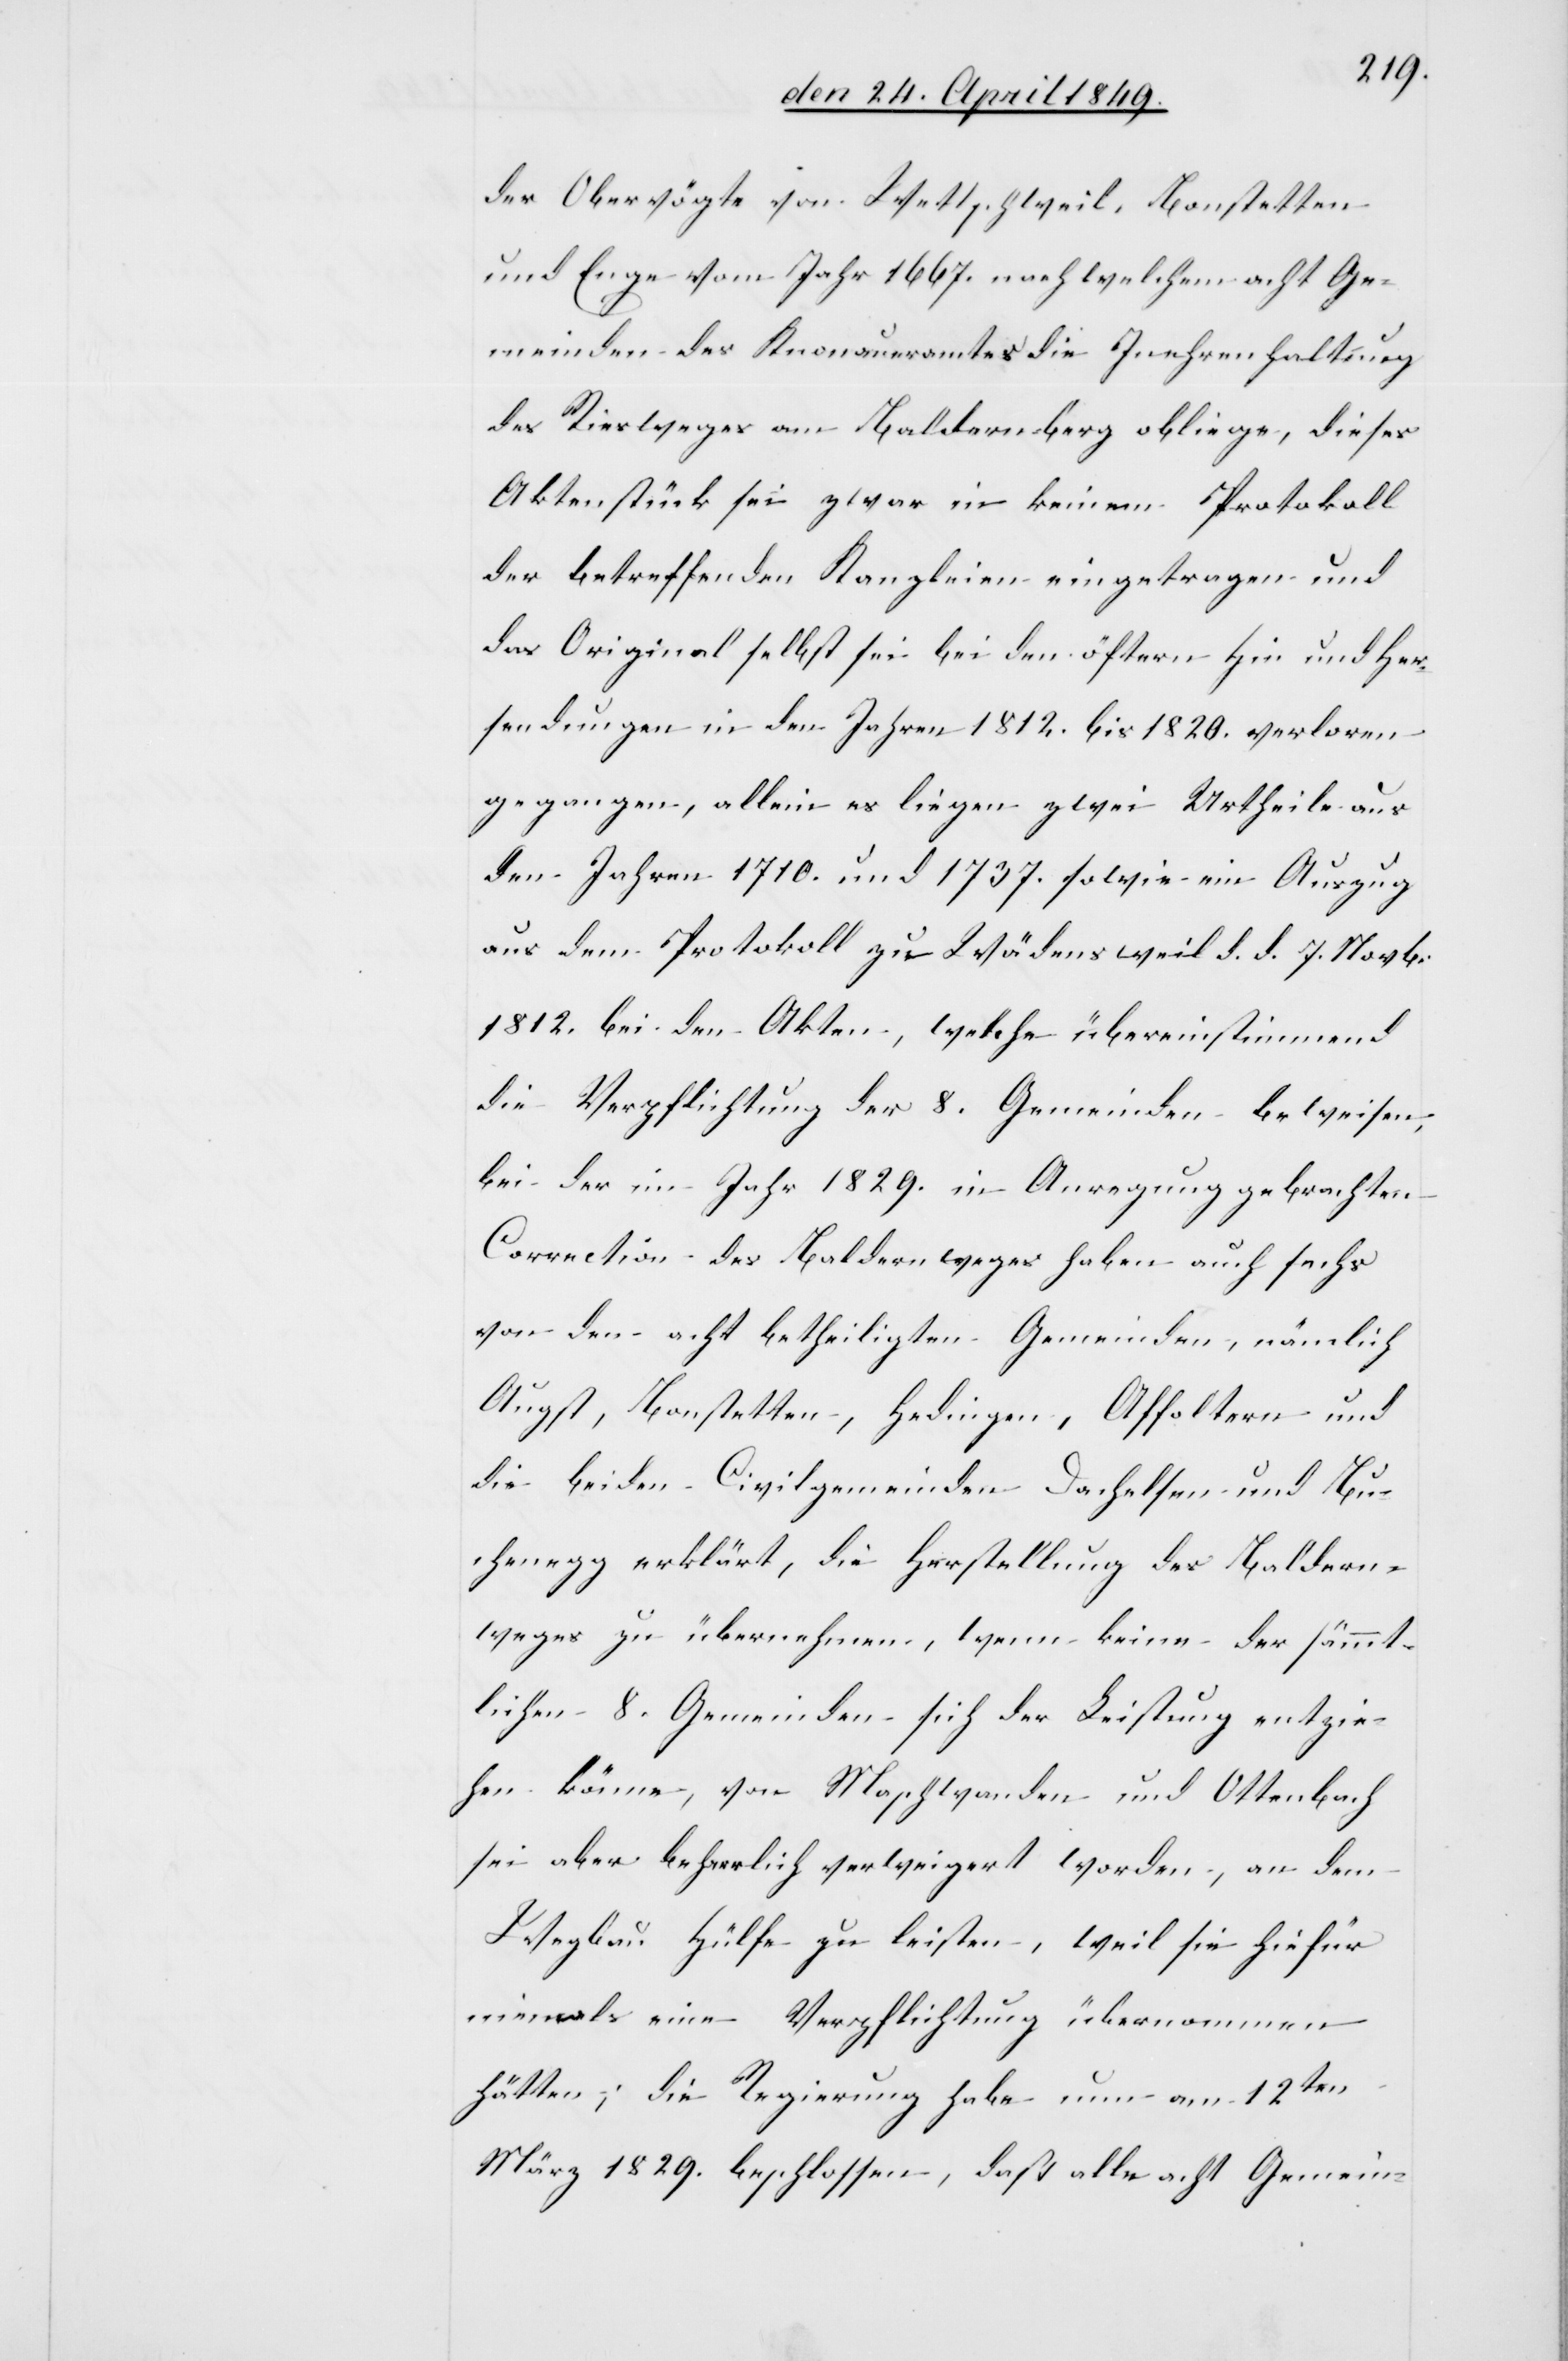
der Obervögte von Wettschweil, Bonstetten
und Enge vom Jahr 1667. nach welchem acht Ge¬
meinden des Knonaueramtes die Inehrenhaltung
des Riesweges am Baldernberg obliege, dieses
Aktenstück sei zwar in keinem Protokoll
der betreffenden Kanzleien eingetragen und
das Original selbst sei bei den öftern Hin und Her¬
sendungen in den Jahren 1812. bis 1820. verloren
gegangen, allein es liegen zwei Urtheile aus
den Jahren 1710. und 1737. sowie ein Auszug
aus dem Protokoll zu Wädenschweil d. d. 7. Novb.
1812. bei den Akten, welche übereinstimmend
die Verpflichtung der 8. Gemeinden beweisen,
bei der im Jahr 1829. in Anregung gebrachten
Correction des Baldernweges haben auch sechs
von den acht betheiligten Gemeinden, nämlich
Augst, Bonstetten, Hedingen, Affoltern und
die beiden Civilgemeinden Dachelsen und Bu¬
chenegg erklärt, die Herstellung des Baldern¬
weges zu übernehmen, wenn keine der sämmt¬
lichen 8. Gemeinden sich der Leistung entzie¬
hen könne, von Maschwanden und Ottenbach
sei aber beharrlich verweigert worden, an dem
Wegbau Hülfe zu leisten, weil sie hiefür
niemals eine Verpflichtung übernommen
hätten; die Regierung habe nun am 12ten
März 1829. beschlossen, daß alle acht Gemein-